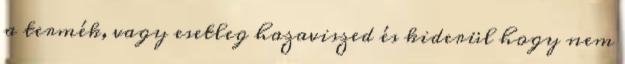
a termék, vagy esetleg hazaviszed és kiderül hogy nem